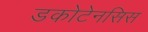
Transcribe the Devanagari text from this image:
डकोटेनसिस